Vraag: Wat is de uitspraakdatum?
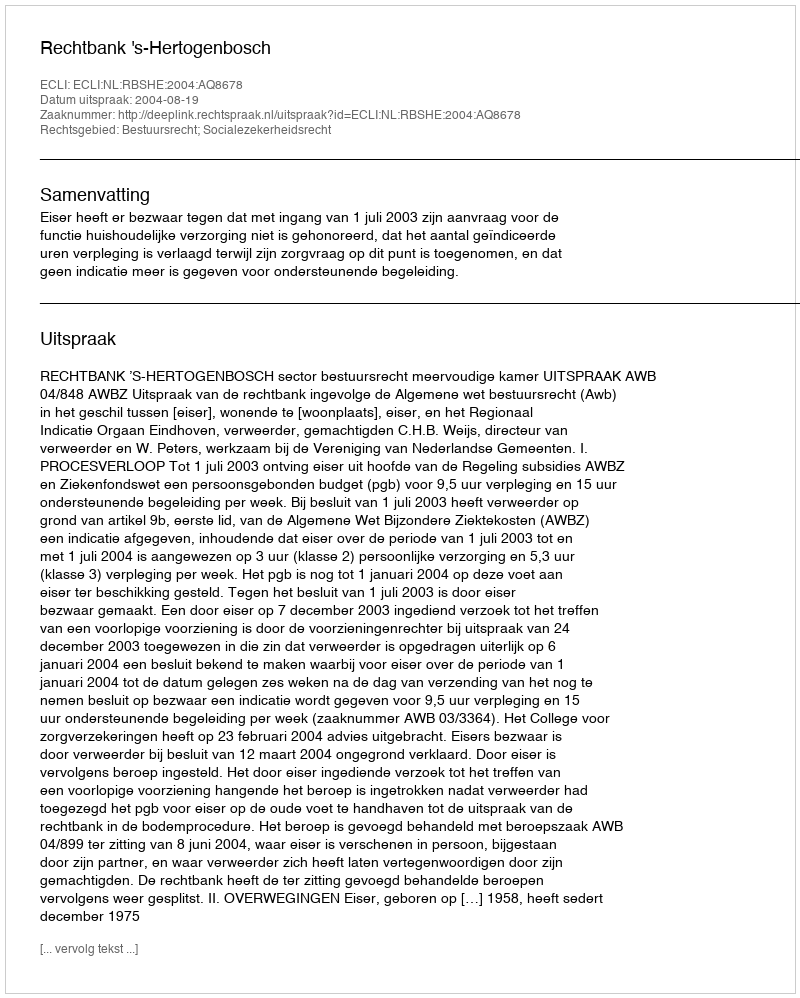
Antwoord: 2004-08-19